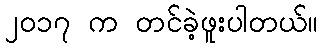
၂၀၁၇ က တင်ခဲ့ဖူးပါတယ်။